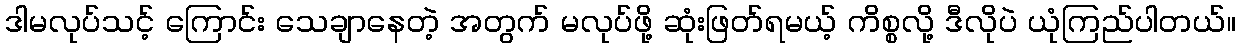
ဒါမလုပ်သင့် ကြောင်း သေချာနေတဲ့ အတွက် မလုပ်ဖို့ ဆုံးဖြတ်ရမယ့် ကိစ္စလို့ ဒီလိုပဲ ယုံကြည်ပါတယ်။